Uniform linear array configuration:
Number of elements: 32
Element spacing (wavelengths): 0.75
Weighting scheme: uniform
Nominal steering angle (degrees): -60
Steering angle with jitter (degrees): -59.133
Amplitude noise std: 0.05
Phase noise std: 0.05

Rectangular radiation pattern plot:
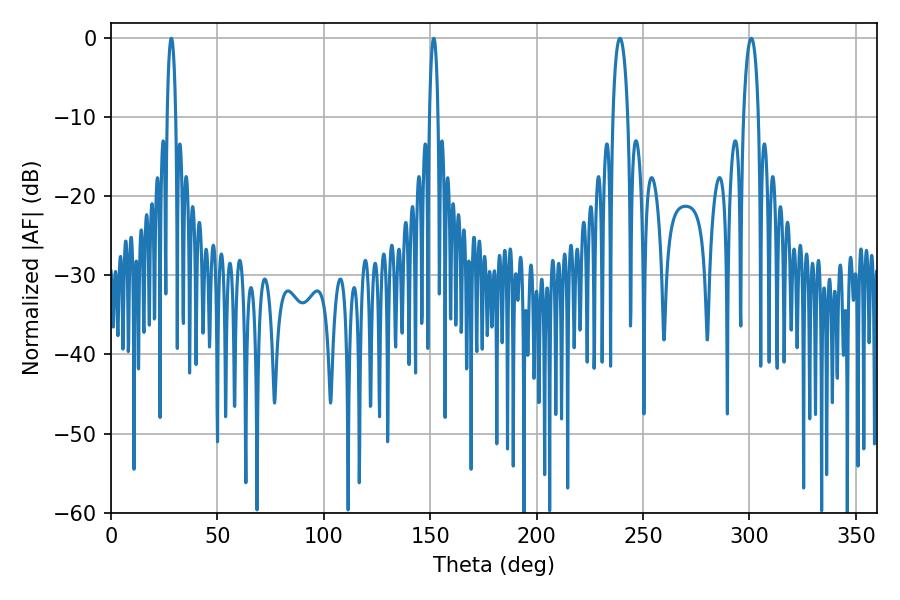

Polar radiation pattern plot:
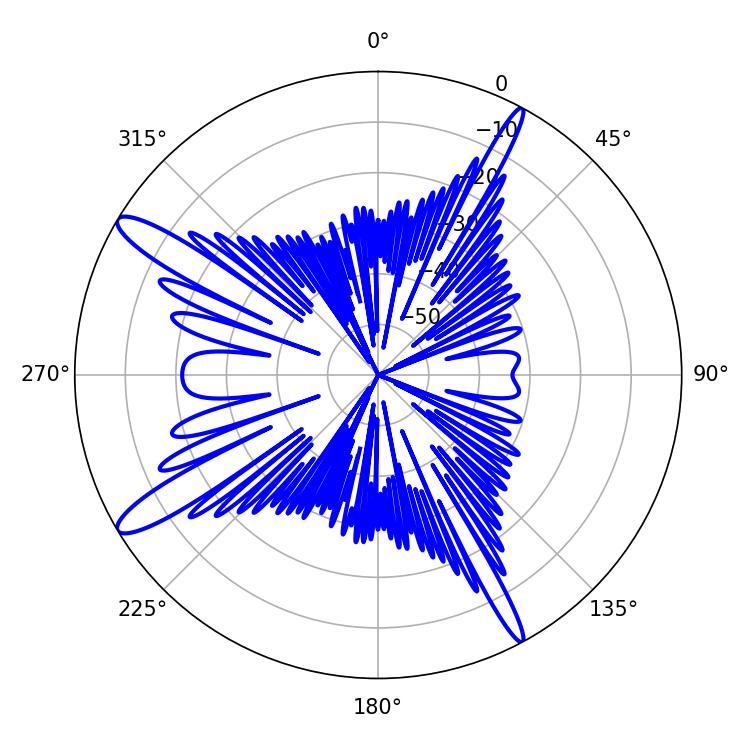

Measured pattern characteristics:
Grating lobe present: TRUE
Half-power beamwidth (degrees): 3.96
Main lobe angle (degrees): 300.78